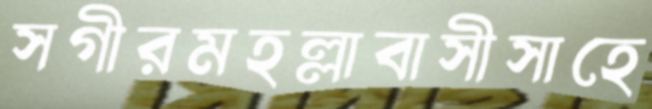
সগীরমহল্লাবাসীসাহে